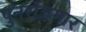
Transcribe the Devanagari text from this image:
पुनर्रोजगार